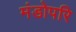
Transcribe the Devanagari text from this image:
मंडोपरि